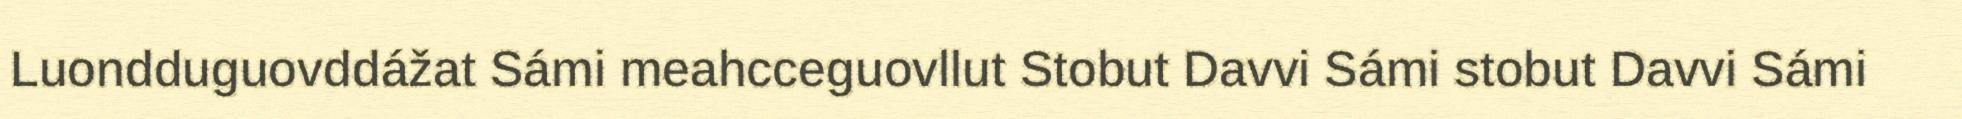
Luondduguovddážat Sámi meahcceguovllut Stobut Davvi Sámi stobut Davvi Sámi